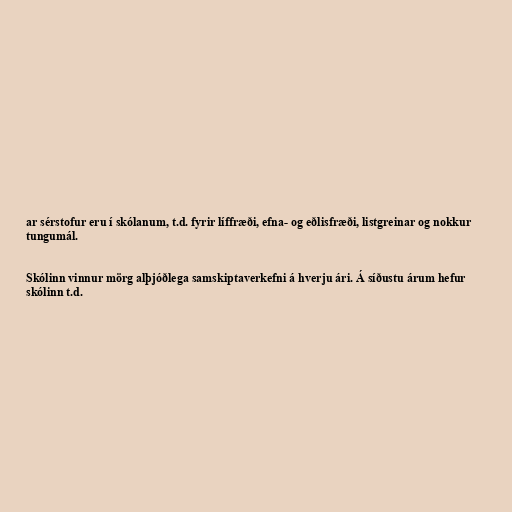
ar sérstofur eru í skólanum, t.d. fyrir líffræði, efna- og eðlisfræði, listgreinar og nokkur
tungumál.

Skólinn vinnur mörg alþjóðlega samskiptaverkefni á hverju ári. Á síðustu árum hefur
skólinn t.d.